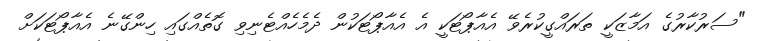
"ސަރުކާރުގެ އަމާޒަކީ ތަރައްގީކުރެވޭ އެއާޕޯޓަކީ އެ އެއާޕޯޓަކުން ދެމެހެއްޓެނިވި ގޮތެއްގައި ހިންގޭނެ އެއާޕޯޓަކަށް